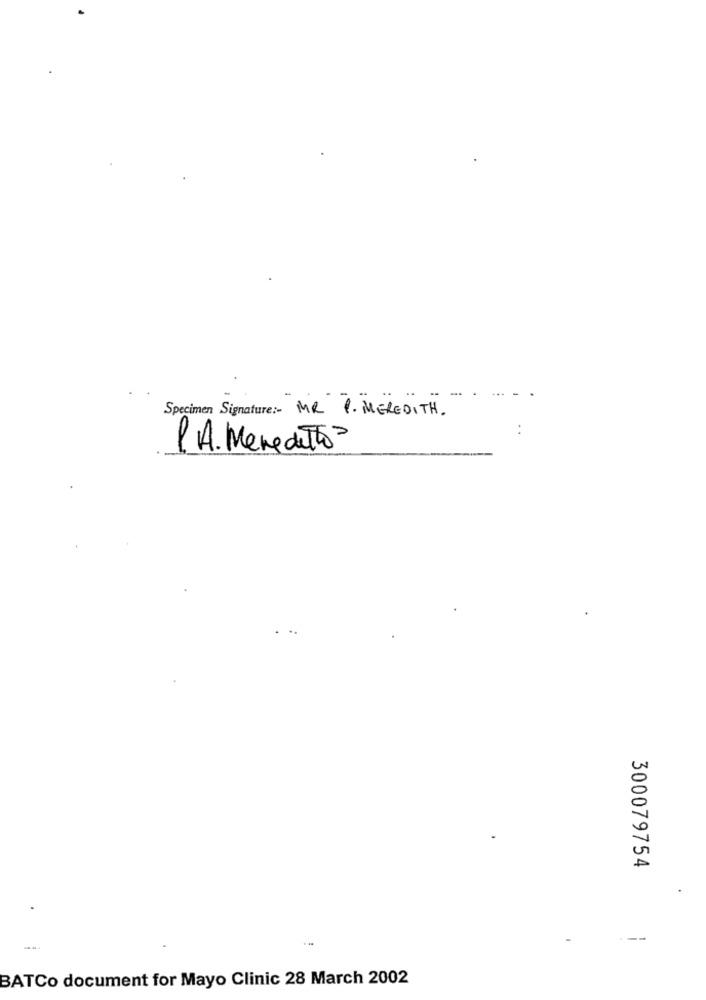
Specimen Signature :- MR P. MEREDITH.
..
P.A. Menedetto
300079754
---
--
BATCo document for Mayo Clinic 28 March 2002